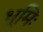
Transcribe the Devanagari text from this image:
भूमिः